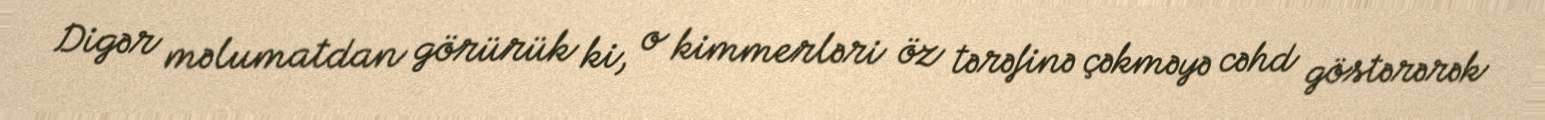
Digər məlumatdan görürük ki, o kimmerləri öz tərəfinə çəkməyə cəhd göstərərək